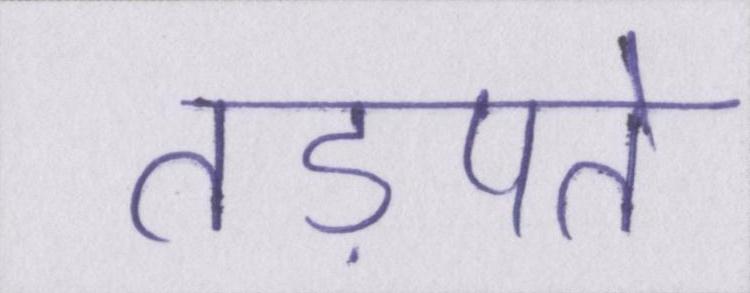
तड़पते